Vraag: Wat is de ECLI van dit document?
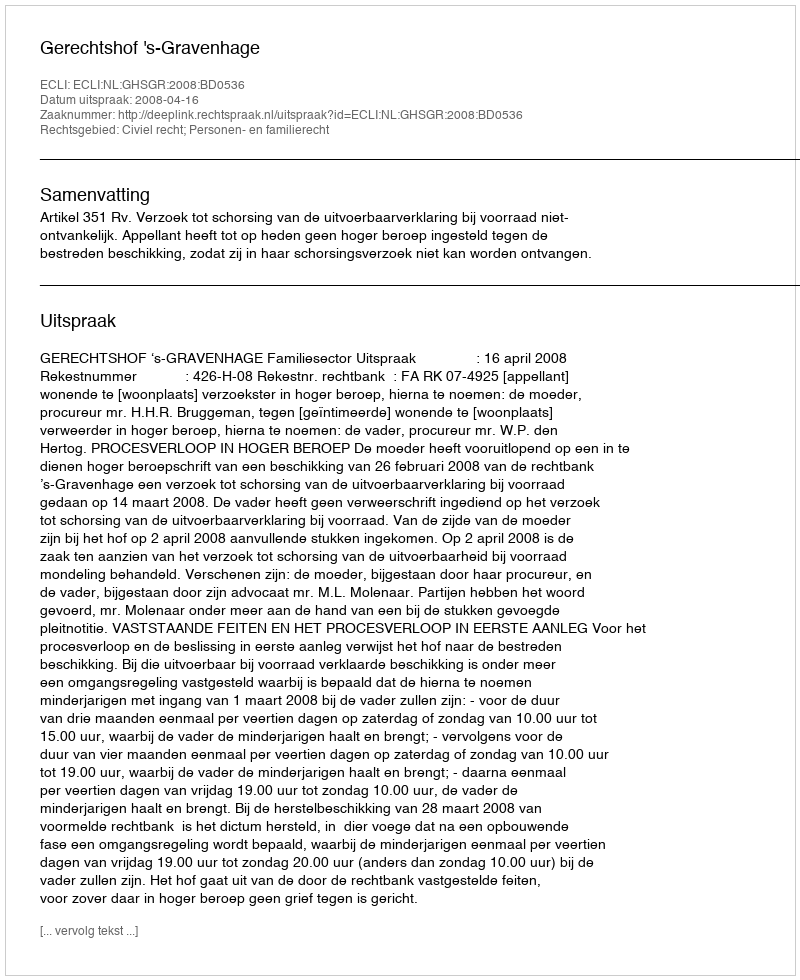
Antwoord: ECLI:NL:GHSGR:2008:BD0536